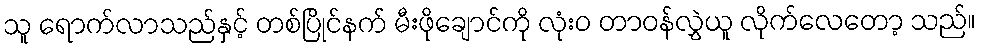
သူ ရောက်လာသည်နှင့် တစ်ပြိုင်နက် မီးဖိုချောင်ကို လုံးဝ တာဝန်လွှဲယူ လိုက်လေတော့ သည်။